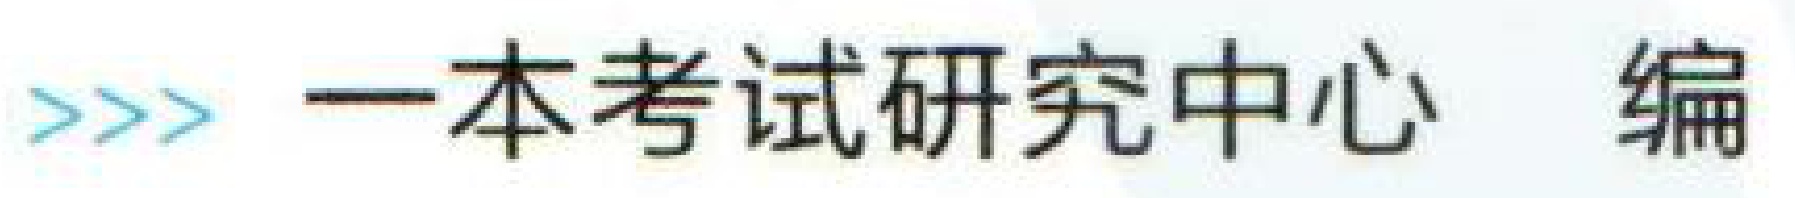
>>> 一本考试研究中心 编